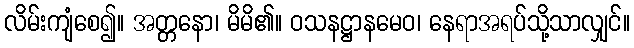
လိမ်းကျံစေ၍။ အတ္တနော၊ မိမိ၏။ ဝသနဋ္ဌာနမေဝ၊ နေရာအရပ်သို့သာလျှင်။